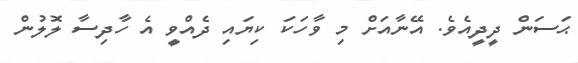
ޙަސަން ދީދީއެވެ. އޭނާއަށް މި ވާހަކަ ކިޔައި ދެއްވީ އެ ހާދިސާ ލޮލުން